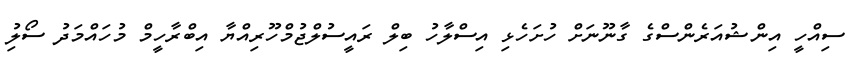
ސިއްހީ އިންޝުއަރެންސްގެ ގާނޫނަށް ހުށަހެޅި އިސްލާހު ބިލް ރައީސުލްޖުމްހޫރިއްޔާ އިބްރާހީމް މުހައްމަދު ސޯލިު